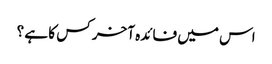
اس میں فائدہ آخر کس کا ہے ؟